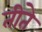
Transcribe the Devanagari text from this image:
तीते